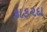
કાક૨દા